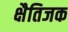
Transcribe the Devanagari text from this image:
क्षैतिजक